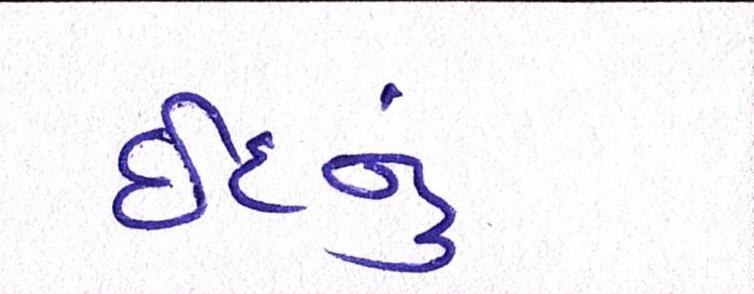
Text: ઇદનું